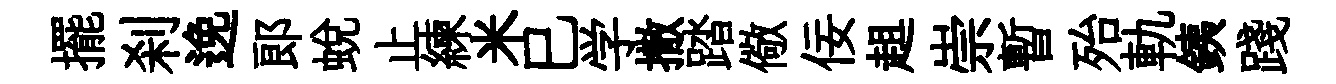
擺刹𨓜郎蛻止練米巳学撒踏儆佞趄崇暫殆軌銕踐